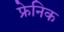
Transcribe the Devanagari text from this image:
फ्रेनिक